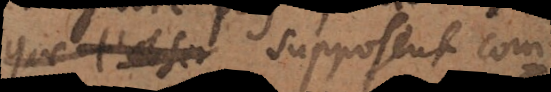
que l’obser supposent com